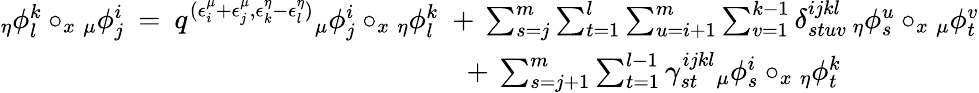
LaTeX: \begin{array}{rl}{{_{\eta}\phi_{l}^{k}}\circ_{x}{_{\mu}\phi_{j}^{i}}\: =\: q^{(\epsilon_{i}^{\mu}+\epsilon_{j}^{\mu},\epsilon_{k}^{\eta}-\epsilon_{l}^{\eta})}{_{\mu}\phi_{j}^{i}}\circ_{x}{_{\eta}\phi_{l}^{k}}}&{\! \! \! +\: \sum_{s=j}^{m}\sum_{t=1}^{l}\sum_{u=i+1}^{m}\sum_{v=1}^{k-1}\delta_{stuv}^{ijkl}\, {_{\eta}\phi_{s}^{u}}\circ_{x}{_{\mu}\phi_{t}^{v}}}\\ &{+\: \sum_{s=j+1}^{m}\sum_{t=1}^{l-1}\gamma_{st}^{ijkl}{_{\mu}\phi_{s}^{i}}\circ_{x}{_{\eta}\phi_{t}^{k}}}\end{array}